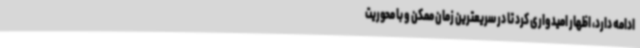
ادامه دارد،‌ اظهار امیدواری کرد تا در سریعترین زمان ممکن و با محوریت